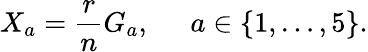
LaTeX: X_{a}=\frac{r}{n}G_{a},\; \; \; \; \; a\in\{ 1,\ldots,5\} .